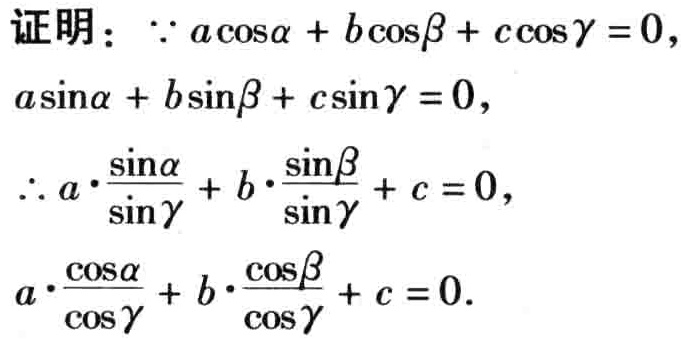
证明：$\because a\cos\alpha + b\cos\beta + c\cos\gamma = 0,$
$a\sin\alpha + b\sin\beta + c\sin\gamma = 0,$
$\therefore a\cdot\frac{\sin\alpha}{\sin\gamma}+b\cdot\frac{\sin\beta}{\sin\gamma}+c = 0,$
$a\cdot\frac{\cos\alpha}{\cos\gamma}+b\cdot\frac{\cos\beta}{\cos\gamma}+c = 0.$